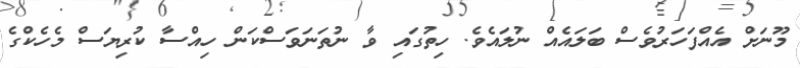
މޫނަށް އެއްފަހަރުވެސް ބަލައެއް ނުލައެވެ. ހިތުގައި ވާ ނުތަނަވަސްކަން ހިއްސާ ކުރިޔަސް މެހެކްގެ